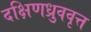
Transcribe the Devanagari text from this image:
दक्षिणध्रुववृत्त